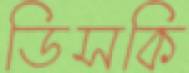
ডিসকি